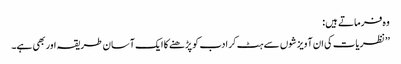
وہ فرماتے ہیں :
’’نظریات کی ان آویزشوں سے ہٹ کر ادب کو پڑھنے کا ایک آسان طریقہ اور بھی ہے۔